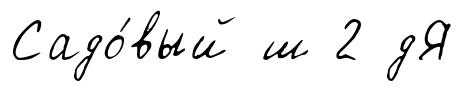
Садо́вый ш 2 дЯ